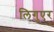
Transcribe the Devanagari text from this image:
लिगुएर